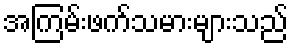
အကြမ်းဖက်သမားများသည်